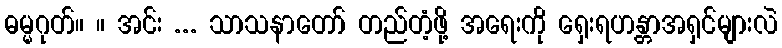
ဓမ္မဂုတ်။ ။ အင်း ... သာသနာတော် တည်တံ့ဖို့ အရေးကို ရှေးရဟန္တာအရှင်များလဲ